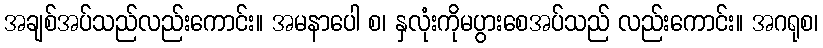
အချစ်အပ်သည်လည်းကောင်း။ အမနာပေါ စ၊ နှလုံးကိုမပွားစေအပ်သည် လည်းကောင်း။ အဂရုစ၊